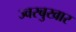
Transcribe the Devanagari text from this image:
ज्वरबुखार